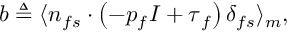
\boldsymbol { b } \triangleq \langle \boldsymbol { n } _ { f s } \cdot \left( - p _ { f } \boldsymbol { I } + \boldsymbol { \tau } _ { f } \right) \delta _ { f s } \rangle _ { m } ,